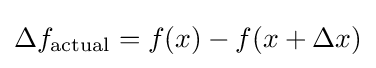
\Delta f_{\text{actual}}=f(x)-f(x+\Delta x)